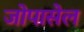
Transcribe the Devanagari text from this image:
जोपासेल